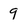
Character: 9